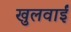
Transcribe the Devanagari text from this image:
खुलवाईं